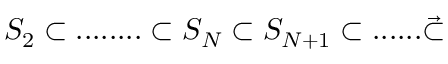
S _ { 2 } \subset . . . . . . . . \subset S _ { N } \subset S _ { N + 1 } \subset . . . . . . \vec { \subset }